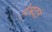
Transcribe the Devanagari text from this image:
हैमवतं